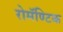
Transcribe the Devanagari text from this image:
रोमॅण्टिक